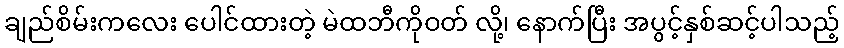
ချည်စိမ်းကလေး ပေါင်ထားတဲ့ မဲထဘီကိုဝတ် လို့၊ နောက်ပြီး အပွင့်နှစ်ဆင့်ပါသည့်